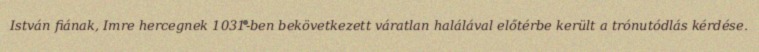
István fiának, Imre hercegnek 1031-ben bekövetkezett váratlan halálával előtérbe került a trónutódlás kérdése.